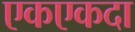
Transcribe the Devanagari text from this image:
एकएकदा